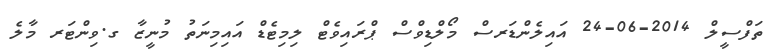
ތަފްސީލް 2014-06-24 އައިލެންޑަރސް މޯލްޑިވްސް ޕްރައިވެޓް ލިމިޓެޑް އައިމިނަތު މުނީޒާ ގ.ވިންޓަރ މާލެ